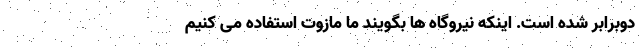
دوبرابر شده است. اینکه نیروگاه ها بگویند ما مازوت استفاده می کنیم